Lunatic asylums Punjab 1911-1921 - 1911-1921
Year: 1911
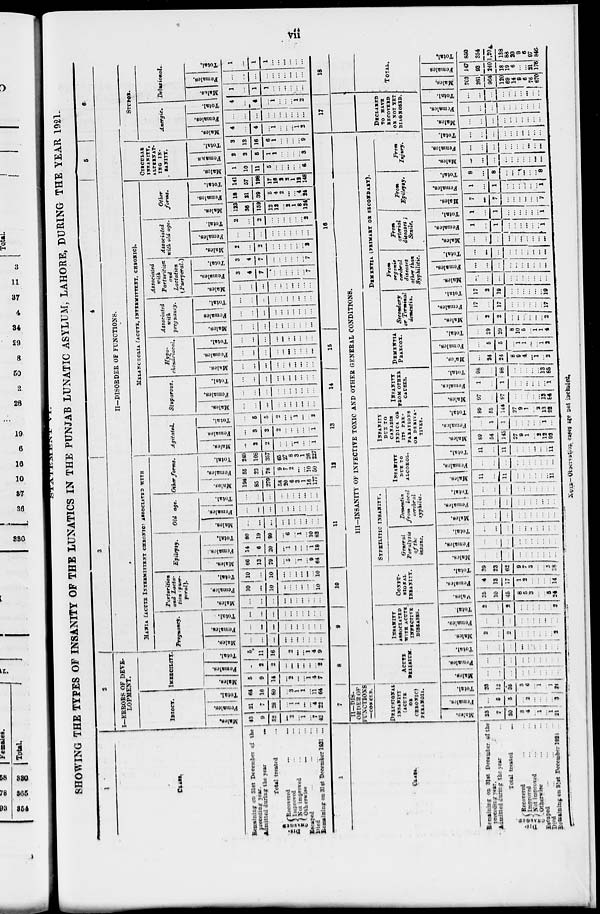
vii
STATEMENT VI.
SHOWING THE TYPES OF INSANITY OF THE LUNATICS IN THE PUNJAB LUNATIC ASYLUM, LAHORE, DURING THE YEAR 1921.
1
CLASS.
Remaining on 31st December of the
preceding year.
Admitted daring the year
...
Total treated ...
DIS-
CHARGED
Recovered
...
...
Improved ... ...
Not improved ... ...
Otherwise
...
...
Escaped ... ... ...
Died ... ...
Remaining on 31st December 1921 ...
2
I—ERRORS OF DEVE-
LOPMENT.
IDIOCY.
Males.
43
9
52
...
2
...
1
...
7
42
Females.
21
7
28
...
1
1
...
...
4
22
Total.
64
16
80
...
3
1
1
...
11
64
IMBECILITY.
Males.
5
9
14
...
2
...
...
1
4
7
Females.
...
2
2
...
...
...
...
...
...
2
Total.
5
11
16
...
2
...
...
1
4
9
3
4
5
6
II—DISORDER OF FUNCTIONS.
MANIA (ACUTE INTERMITTENT CHRONIC) ASSOCIATED WITH
Pregnancy.
Males.
...
...
...
...
...
...
...
...
...
...
Females.
...
...
...
...
...
...
...
...
...
...
Total.
...
...
...
...
...
...
...
...
...
...
Parturition
and Lacta-
tion puer-
peral).
Males.
...
...
...
...
...
...
...
...
...
...
Females.
10
...
10
...
...
...
...
...
...
10
Total.
10
...
10
...
...
...
...
...
...
10
Epilepsy.
Males.
66
13
79
...
5
...
1
...
9
64
Females.
14
6
20
...
1
...
...
...
1
18
Total.
80
19
99
...
6
...
1
...
10
82
Old age.
Males.
...
...
...
...
...
...
...
...
...
...
Females.
...
...
...
...
...
...
...
...
...
...
Total.
...
...
...
...
...
...
...
...
...
...
Other forms.
Males.
194
85
279
56
20
6
3
1
16
177
Females.
55
23
78
9
7
2
...
...
10
50
Total.
249
108
357
65
27
8
3
1
26
227
MELANCHOLIA (ACUTE, INTERMITTENT, CHRONIC).
Agitated.
Males.
...
2
2
...
...
...
1
...
...
1
Females
...
3
3
2
...
...
...
...
...
1
Total.
...
5
5
2
...
...
1
...
...
2
Stuparous.
Males.
...
...
...
...
...
...
...
...
...
...
Females.
...
...
...
...
...
...
...
...
...
...
Total.
...
...
...
...
...
...
...
...
...
...
Hypo-
chondriacal.
Males.
...
...
...
...
...
...
...
...
...
...
Females.
...
...
...
...
...
...
...
...
...
...
Total.
...
...
...
...
...
...
...
...
...
...
Associated
with
pregnancy.
Males.
...
...
...
...
...
...
...
...
...
...
Females.
...
...
...
...
...
...
...
...
...
...
Total.
...
...
...
...
...
...
...
...
...
...
Associated
with
Parturition
and
Lactation
(Puerperal.)
Males.
...
...
...
...
...
...
...
...
...
...
Females.
3
4
7
...
...
...
...
...
...
7
Total.
3
4
7
...
...
...
...
...
...
7
Associated
with old age.
Males.
2
...
2
...
...
...
...
...
...
2
Females.
...
...
...
...
...
...
...
...
...
...
Total.
2
...
2
...
...
...
...
...
...
2
Other
forms.
Males.
123
36
159
12
12
...
2
1
8
124
Females.
18
21
39
5
4
2
...
...
4
24
Total.
141
57
198
17
16
2
2
1
12
148
CIRCULAR
INSANITY,
ALTERNAT-
ING IN-
SANITY.
Males.
1
10
11
5
...
...
...
...
...
6
Females.
2
3
5
1
1
...
...
...
...
3
Total.
3
13
16
6
1
...
...
...
...
9
STUPOR.
Anergic.
Males.
4
...
4
...
1
...
...
...
1
2
Females.
...
...
...
...
...
...
...
...
...
...
Total.
4
...
4
...
1
...
...
...
1
2
Delusional.
Males.
1
...
1
1
...
...
...
...
...
...
Females.
...
...
...
...
...
...
...
...
...
...
Total.
1
...
1
1
...
...
...
...
...
...
1
CLASS.
Remaining on 31st December of the
preceding year.
Admitted during the year ...
Total treated ...
DIS-
CHARGED
Recovered ... ...
Improved ... ...
Not improved ... ...
Otherwise ... ...
Escaped ... ... ...
Died ... ... ...
Remaining on 31st December 1921 ...
7
II— DIS-
ORDER OF
FUNCTIONS
—CONCLD.
DELUSIONAL
INSANITY
(ACUTE
OR
CHRONIC)
PERAMOIA.
Males.
23
7
30
3
4
...
1
... 1
21
Females.
...
5
5
...
2
...
...
...
...
3
Total.
23
12
35
3
6
...
1
...
1
24
8
9
10
11
12
13
14
15
16
III—INSANITY OF INFECTIVE TOXIC AND OTHER GENERAL CONDITIONS.
ACUTE
DELIRIUM.
Males.
...
...
...
...
...
...
...
...
...
...
Females.
...
...
...
...
...
...
...
...
...
...
Total.
...
...
...
...
...
...
...
...
...
...
INSANITY
ASSOCIATED
WITH ACUTE
INFECTIVE
DISEASES.
Males.
2
...
2
...
...
...
...
...
...
2
Females.
...
...
...
...
...
...
...
...
...
...
Total.
2
...
2
...
...
...
...
...
...
2
CONFU-
SIONAL
INSANITY.
Males.
35
10
45
8
5
3
...
...
5
24
Females.
4
13
17
1
2
...
...
...
...
14
Total.
39
23
62
9
7
3
...
...
5
38
SYPHILITIC INSANITY.
General
Paralysis
of the-
insane.
Males.
...
...
...
...
...
...
...
...
...
...
Females.
...
...
...
...
...
...
...
...
...
...
Total.
...
...
...
...
...
...
...
...
...
...
Dementia
from local
cerebral
syphilis.
Males.
...
...
...
...
...
...
...
...
...
...
Females.
...
...
...
...
...
...
...
...
...
...
Total.
...
...
...
...
...
...
...
...
...
...
INSANITY
DUE TO
ALCOHOL.
Males.
11
...
11
...
...
...
...
...
...
11
Females.
...
...
...
...
...
...
...
...
...
...
Total.
11
...
11
...
...
...
...
...
...
11
INSANITY
DUE TO
CANABIS
INDICA
OR
ITS PRE-
PARATIONS
OR DERIVA-
TIVES.
Males.
89
54
143
27
9
1
...
2
12
92
Females.
...
1
1
...
...
...
...
...
1
...
Total.
89
55
144
27
9
1
...
2
13
92
INSANITY
FROM OTHER
CAUSES.
Males.
97
...
97
...
...
...
...
...
13
84
Females.
1
...
1
...
...
...
...
...
...
1
Total.
98
...
98
...
...
...
...
...
13
85
DEMENTIA
PRAECOX.
Males.
...
24
24
8
9
4
...
1
...
2
Females.
...
5
5
...
1
1
...
...
1
2
Total.
...
29
29
8
10
5
...
1
1
4
Secondary
or Terminal
dementia.
Males.
...
2
2
...
...
...
...
...
...
2
Females.
17
...
17
...
...
...
...
...
...
17
Total.
17
2
19
...
...
...
...
...
...
19
DEMENTIA (PRIMARY OR SECONDARY).
From
organic
cerebral
diseases
other than
Syphilitic.
Males.
...
...
...
...
...
...
...
...
...
...
Females.
...
...
...
...
...
...
...
...
...
...
Total.
...
...
...
...
...
...
...
...
...
...
From
arterial
diseases ;
Senile.
Males.
...
...
...
...
...
...
...
...
...
...
Females.
1
...
...
...
...
...
...
...
...
1
Total.
1
...
1
...
...
...
...
...
...
1
From
Epilepsy.
Males.
7
...
7
...
...
...
...
...
...
7
Females.
1
...
1
...
...
...
...
...
... 1
Total.
8
...
8
...
...
...
...
...
...
8
From
Injury.
Males.
...
...
...
...
...
...
...
...
...
...
Females.
...
...
...
...
...
...
...
...
...
...
Total.
...
...
...
...
...
...
...
...
...
...
17
DECLARED
TO HAVE
RECOVERED
OR NOT YET
DIAGNOSED.
Males.
...
...
...
...
...
...
...
...
...
...
Females.
...
...
...
...
...
...
...
...
...
Total.
...
...
...
...
...
...
...
...
...
...
18
TOTAL.
Males.
703
261
964
120
69
14
9
6
76
670
Females.
147
93
240
18
19
6
...
...
21
176
Total.
850
354
1,204
138
83
20
9
6
97
846
NOTE—Observation cases are not included.